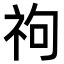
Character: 𥘮